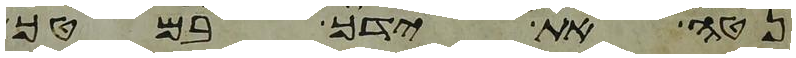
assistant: נטה את ידך במטך